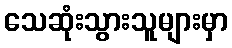
သေဆုံးသွားသူများမှာ